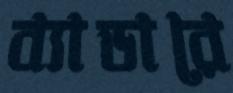
ব্যাডারে